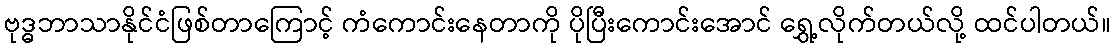
ဗုဒ္ဓဘာသာနိုင်ငံဖြစ်တာကြောင့် ကံကောင်းနေတာကို ပိုပြီးကောင်းအောင် ရွှေ့လိုက်တယ်လို့ ထင်ပါတယ်။